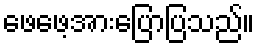
ဖေဖေ့အားပြောပြသည်။